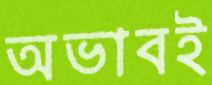
অভাবই